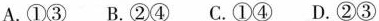
A.①③ B.②④ C.①④ D.②③